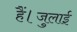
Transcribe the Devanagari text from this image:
हैं।जुलाई